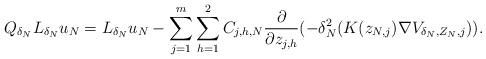
LaTeX: \begin{align*}Q_{\delta_N} L_{\delta_N} u_N= L_{\delta_N} u_N-\sum_{j=1}^m\sum_{h=1}^2C_{j,h,N}\frac{\partial}{\partial z_{j,h}}(-\delta_N^2(K(z_{N,j})\nabla V_{\delta_N, Z_N,j})).\end{align*}